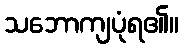
သဘောကျပုံရ၏။